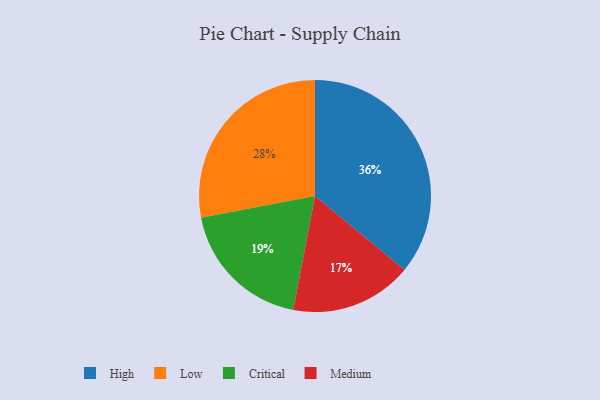
{"axis": {"x": "Category", "y": "Percentage"}, "legend": ["Critical", "High", "Low", "Medium"], "data": [{"x": "Critical", "y": 19, "type": "Critical"}, {"x": "High", "y": 36, "type": "High"}, {"x": "Low", "y": 28, "type": "Low"}, {"x": "Medium", "y": 17, "type": "Medium"}]}